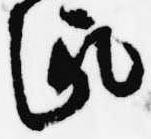
趣